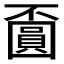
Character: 𡈯